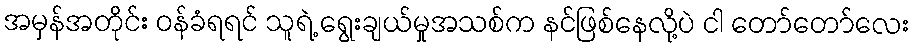
အမှန်အတိုင်း ဝန်ခံရရင် သူရဲ့ ရွေးချယ်မှုအသစ်က နင်ဖြစ်နေလို့ပဲ ငါ တော်တော်လေး